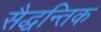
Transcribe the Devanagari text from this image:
सैद्धन्तिक